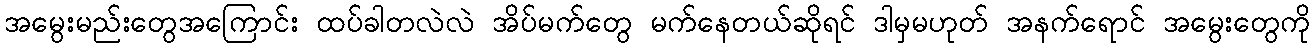
အမွေးမည်းတွေအကြောင်း ထပ်ခါတလဲလဲ အိပ်မက်တွေ မက်နေတယ်ဆိုရင် ဒါမှမဟုတ် အနက်ရောင် အမွေးတွေကို